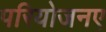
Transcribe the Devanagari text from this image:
परियोजनए